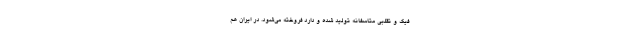
فیک و تقلبی متاسفانه تولید شده و دارد فروخته می‌شود. در ایران هم